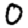
Digit: 0